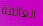
العالقة